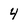
Character: 4